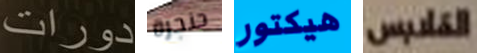
دورات حنجرة هيكتور الملابس